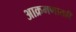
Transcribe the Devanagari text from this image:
आक्रमणातही